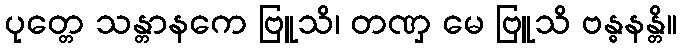
ပုတ္တေ သန္တာနကေ ဗြူသိ၊ တဏှ မေ ဗြူသိ ဗန္ဓနန္တိ။